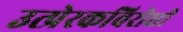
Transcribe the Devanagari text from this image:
उत्प्रेरकविरोधी